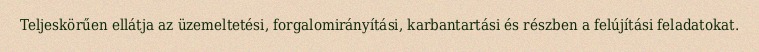
Teljeskörűen ellátja az üzemeltetési, forgalomirányítási, karbantartási és részben a felújítási feladatokat.